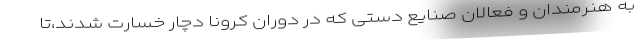
به هنرمندان و فعالان صنایع دستی که در دوران کرونا دچار خسارت شدند،تا